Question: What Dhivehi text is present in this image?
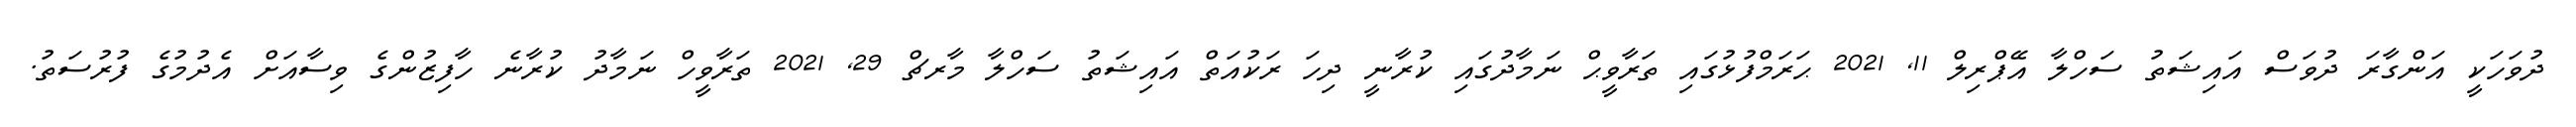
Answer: ދުވަހަކީ އަންގާރަ ދުވަސް އައިޝަތު ސަހްލާ އޭޕްރިލް 11, 2021 ޙަރަމްފުޅުގައި ތަރާވީޙް ނަމާދުގައި ކުރާނީ ދިހަ ރަކުއަތް އައިޝަތު ސަހްލާ މާރޗް 29, 2021 ތަރާވީހް ނަމާދު ކުރާނެ ހާފިޒުންގެ ވިސާއަށް އެދުމުގެ ފުރުސަތު.